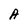
Character: A